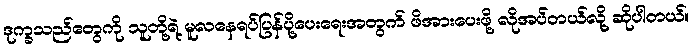
ဒုက္ခသည်တွေကို သူတို့ရဲ့ မူလနေရပ်ပြန်ပို့ပေးရေးအတွက် ဖိအားပေးဖို့ လိုအပ်တယ်လို့ ဆိုပါတယ်။